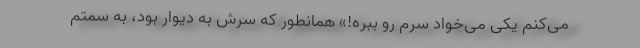
می‌کنم یکی می‌خواد سرم رو ببره!» همانطور که سرش به دیوار بود، به سمتم